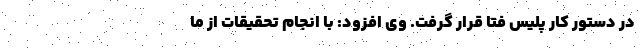
در دستور کار پلیس فتا قرار گرفت. وی افزود: با انجام تحقیقات از ما